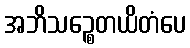
အဘိသဉ္စေတယိတံပေ